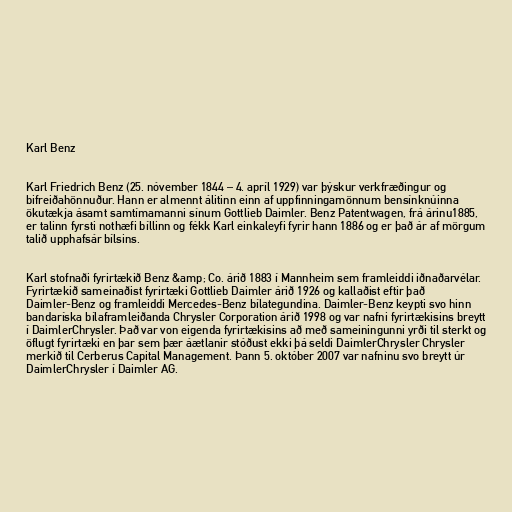
Karl Benz

Karl Friedrich Benz (25. nóvember 1844 – 4. apríl 1929) var þýskur verkfræðingur og
bifreiðahönnuður. Hann er almennt álitinn einn af uppfinningamönnum bensínknúinna
ökutækja ásamt samtímamanni sínum Gottlieb Daimler. Benz Patentwagen, frá árinu1885,
er talinn fyrsti nothæfi bíllinn og fékk Karl einkaleyfi fyrir hann 1886 og er það ár af mörgum
talið upphafsár bílsins.

Karl stofnaði fyrirtækið Benz &amp; Co. árið 1883 í Mannheim sem framleiddi iðnaðarvélar.
Fyrirtækið sameinaðist fyrirtæki Gottlieb Daimler árið 1926 og kallaðist eftir það
Daimler-Benz og framleiddi Mercedes-Benz bílategundina. Daimler-Benz keypti svo hinn
bandaríska bílaframleiðanda Chrysler Corporation árið 1998 og var nafni fyrirtækisins breytt
í DaimlerChrysler. Það var von eigenda fyrirtækisins að með sameiningunni yrði til sterkt og
öflugt fyrirtæki en þar sem þær áætlanir stóðust ekki þá seldi DaimlerChrysler Chrysler
merkið til Cerberus Capital Management. Þann 5. október 2007 var nafninu svo breytt úr
DaimlerChrysler í Daimler AG.